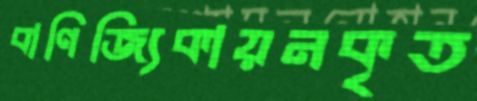
বাণিজ্যিকায়নকৃত